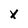
Character: x